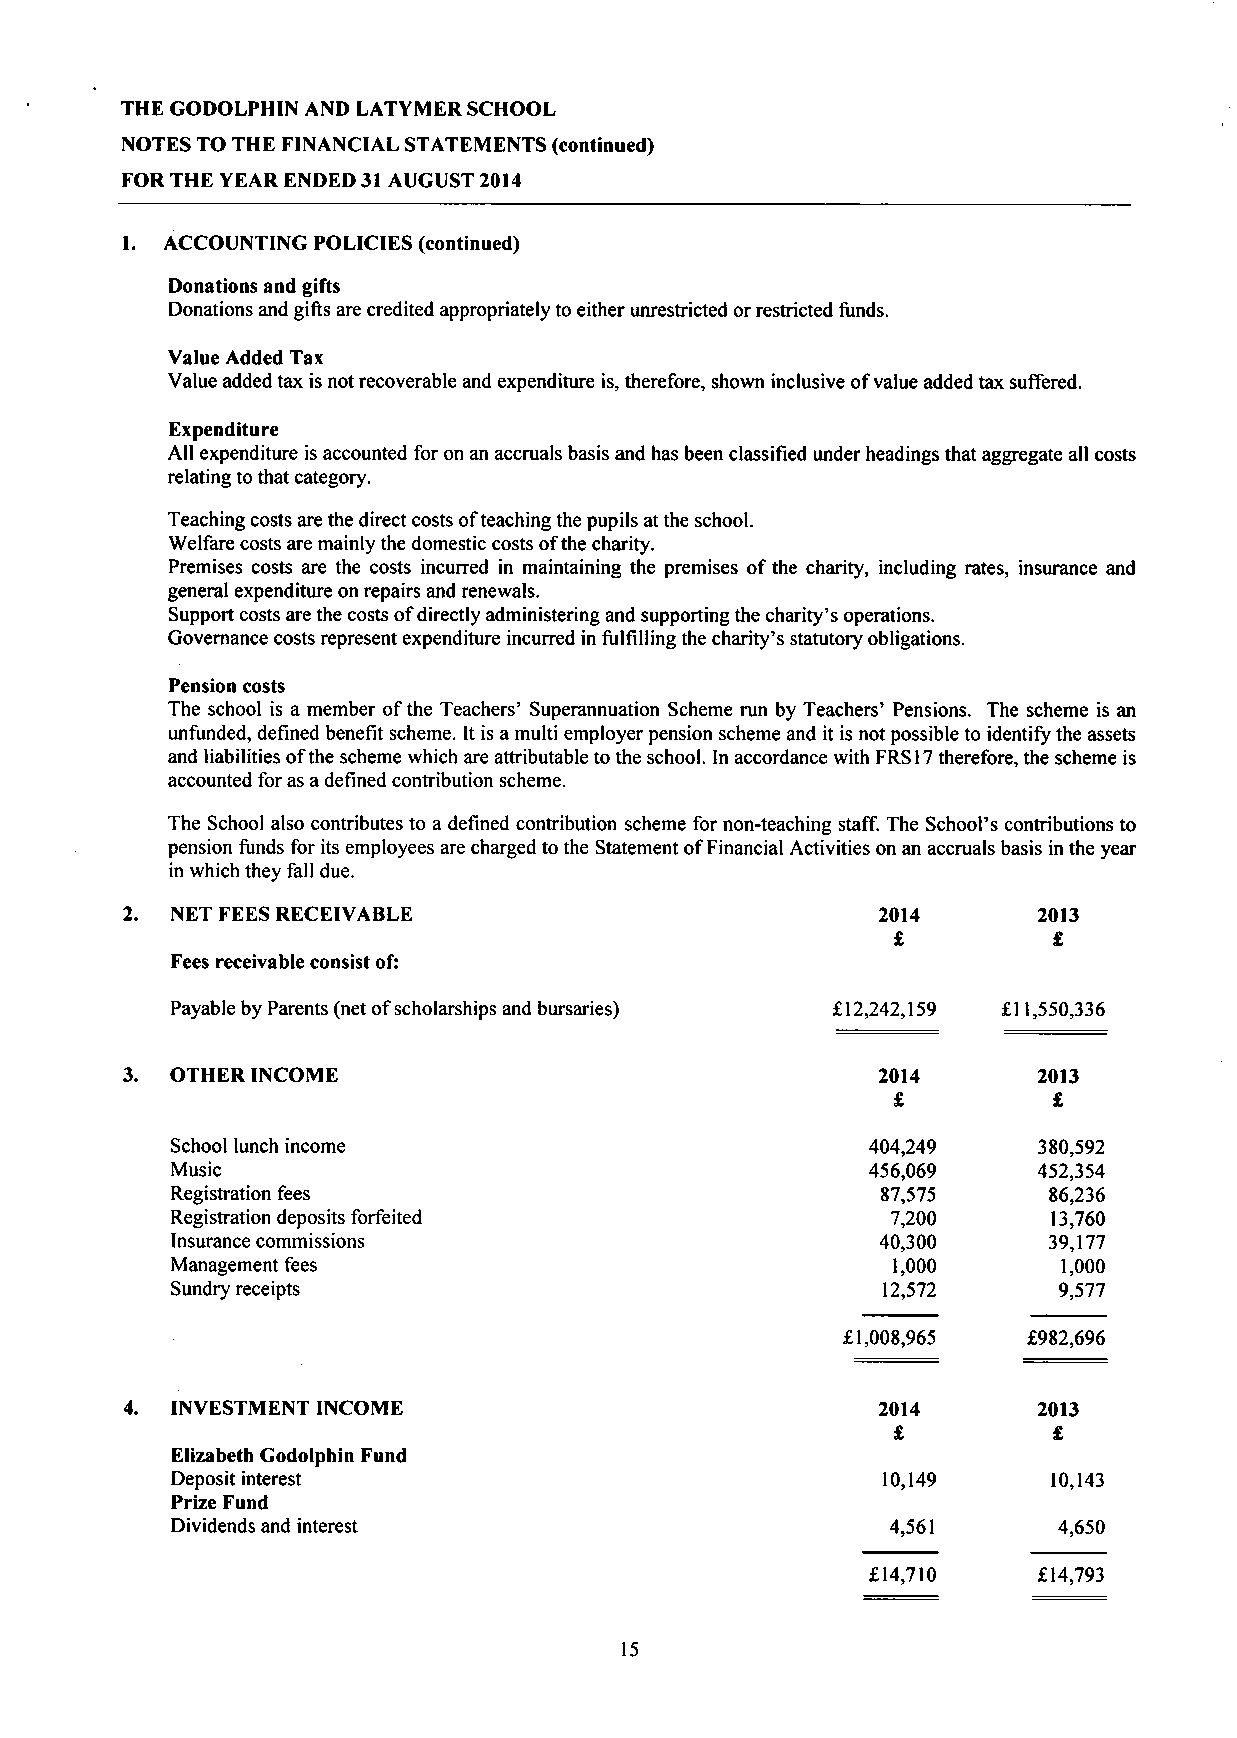
THE GODOLPHIN AND LATYMER SCHOOL
 NOTES TO THE FINANCIAL STATEMENTS (continued)
 FOR THE YEAR ENDED 31 AUGUST 2014
 1. ACCOUNTING POLICIES (continued)
 Donations and gifts
 Donations and gifts are credited appropriately to either unrestricted or restricted funds.
 Value Added Tax
 Value added tax is not recoverable and expenditure is, therefore, shown inclusive of value added tax suffered.
 Expenditure
 All expenditure is accounted for on an accruals basis and has been classified under headings that aggregate all costs
 relating to that category.
 Teaching costs are the direct costs of teaching the pupils at the school.
 Welfare costs are mainly the domestic costs of the charity.
 Premises costs are the costs incurred in maintaining the premises of the charity, including rates, insurance and
 general expenditure on repairs and renewals.
 Support costs are the costs of directly administering and supporting the charity's operations.
 Governance costs represent expenditure incurred in fulfilling the charity's statutory obligations.
 Pension costs
 The school is a member of the Teachers' Superannuation Scheme run by Teachers' Pensions. The scheme is an
 unfunded, defined benefit scheme. It is a multi employer pension scheme and it is not possible to identify the assets
 and liabilities of the scheme which are attributable to the school. In accordance with FRS 17 therefore, the scheme is
 accounted for as a defined contribution scheme.
 The School also contributes to a defined contribution scheme for non-teaching staff. The School's contributions to
 pension funds for its employees are charged to the Statement of Financial Activities on an accruals basis in the year
 in which they fall due.
 2. NET FEES RECEIVABLE                            2014       2013
 £          £
 Fees receivable consist of:
 Payable by Parents (net of scholarships and bursaries) £12,242,159 £11,550,336
 3. OTHER INCOME                                   2014       2013
 £          £
 School lunch income                            404,249    380,592
 Music                                          456,069    452,354
 Registration fees                              87,575      86,236
 Registration deposits forfeited                 7,200      13,760
 Insurance commissions                          40,300      39,177
 Management fees                                 1,000       1,000
 Sundry receipts                                 12,572     9,577
 £1,008,965  £982,696
 4. INVESTMENT INCOME                              2014       2013
 £          £
 Elizabeth Godolphin Fund
 Deposit interest                                10,149     10,143
 Prize Fund
 Dividends and interest                          4,561      4,650
 £14,710    £14,793
 15